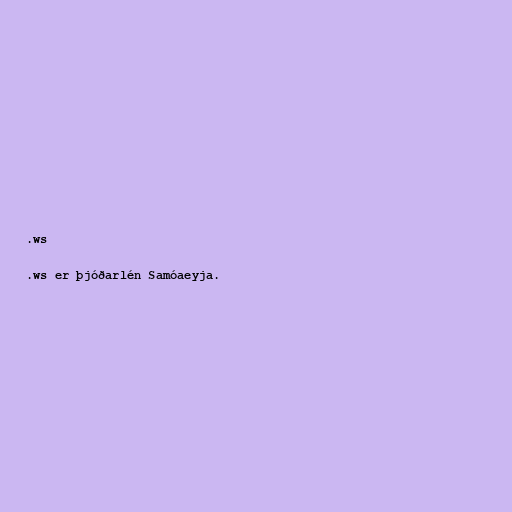
.ws

.ws er þjóðarlén Samóaeyja.